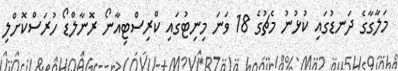
މަލާގާގެ ދަނޑުގައި ކުޅުނު މެޗުގެ 18 ވަނަ މިނިޓުގައި ކްރިސްޓިއާނޯ ރޮނާލްޑޯ ހުރަސްކޮށްލި